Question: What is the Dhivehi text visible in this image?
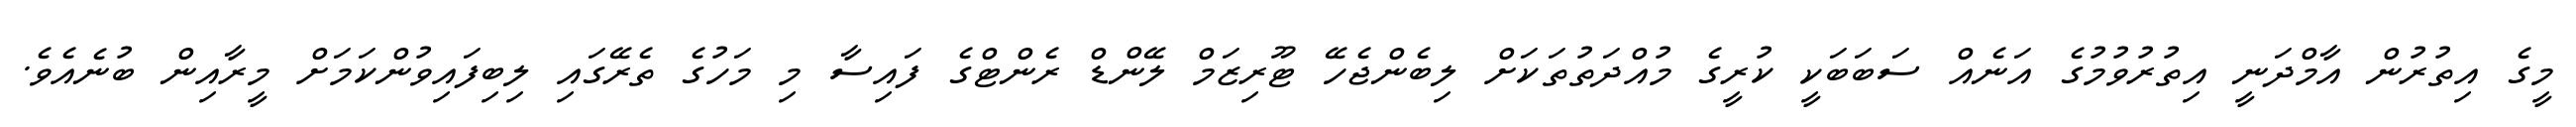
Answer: މީގެ އިތުރުން އާމްދަނީ އިތުރުވުމުގެ އަނެއް ސަބަބަކީ ކުރީގެ މުއްދަތުތަކަށް ލިބެންޖެހޭ ޓޫރިޒަމް ލޭންޑް ރެންޓްގެ ފައިސާ މި މަހުގެ ތެރޭގައި ލިބިފައިވުންކަމަށް މީރާއިން ބުނެއެވެ.